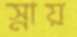
স্নায়